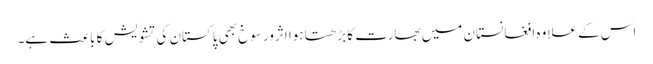
اس کے علاوہ افغانستان میں بھارت کا بڑھتا ہوا اثرورسوخ بھی پاکستان کی تشویش کا باعث ہے۔